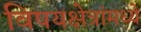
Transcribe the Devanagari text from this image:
विषयक्षेत्रांमध्ये